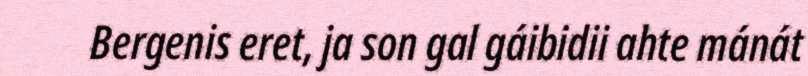
Bergenis eret, ja son gal gáibidii ahte mánát